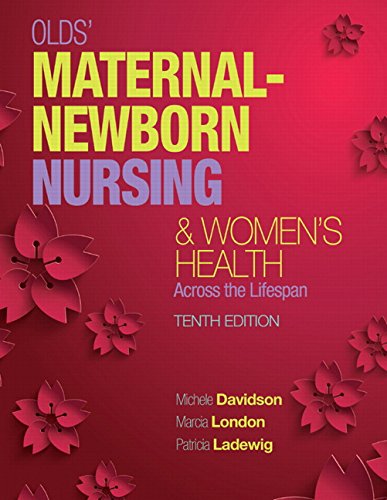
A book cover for Olds' Maternal-Newborn Nursing & Women's Health Across the Lifespan (10th Edition) (Maternal-Newborn & Women's Health Nursing (Olds)); Michele C. Davidson; Parenting & Relationships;